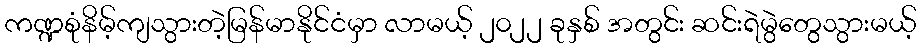
ကဏ္ဍစုံနိမ့်ကျသွားတဲ့မြန်မာနိုင်ငံမှာ လာမယ့် ၂၀၂၂ ခုနှစ် အတွင်း ဆင်းရဲမွဲတွေသွားမယ့်